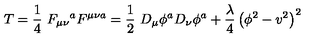
T = \frac { 1 } { 4 } \ F _ { \mu \nu } \mathrm { } ^ { a } F ^ { \mu \nu a } = \frac { 1 } { 2 } \ D _ { \mu } \phi ^ { a } D _ { \nu } \phi ^ { a } + \frac { \lambda } { 4 } \left( \phi ^ { 2 } - v ^ { 2 } \right) ^ { 2 }